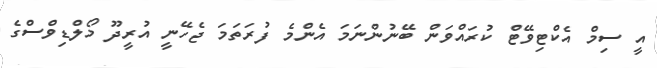
އީ ސިމް އެކްޓިވޭޓް ކުރައްވަން ބޭނުންނަމަ އެންމެ ފުރަތަމަ ޖެހޭނީ އުރީދޫ މޯލްޑިވްސްގެ